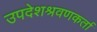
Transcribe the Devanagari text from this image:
उपदेशश्रवणकर्ता